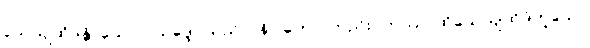
သေယျထိဒန္တိ၊ သော။ (သဒ္ဒေါ၊ သည်။) နိပါတော၊ တည်း။ တဿ၊ ထိုသေယျထိဒံဟူသော